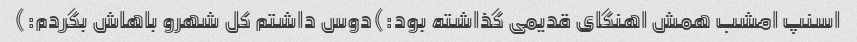
اسنپ امشب همش اهنگای قدیمی گذاشته بود:)دوس داشتم کل شهرو باهاش بگردم:)